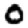
Digit: 0